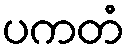
ပကတံ